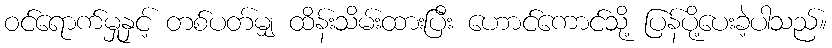
ဝင်ရောက်မှုနှင့် တစ်ပတ်မျှ ထိန်းသိမ်းထားပြီး ဟောင်ကောင်သို့ ပြန်ပို့ပေးခဲ့ပါသည်။